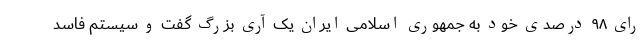
رای ۹۸ درصدی خود به جمهوری اسلامی ایران یک آری بزرگ گفت و سیستم فاسد